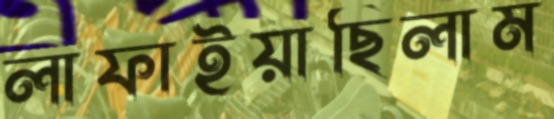
লাফাইয়াছিলাম